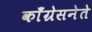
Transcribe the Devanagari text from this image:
काँग्रेसनेते